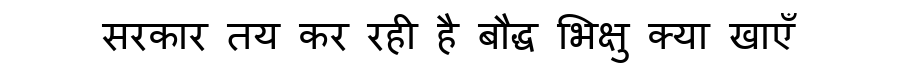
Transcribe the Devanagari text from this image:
सरकार तय कर रही है बौद्ध भिक्षु क्या खाएँ